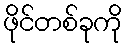
ဖိုင်တစ်ခုကို